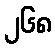
၂၆၈